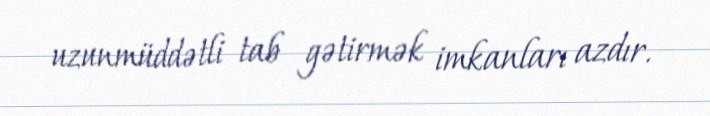
uzunmüddətli tab gətirmək imkanları azdır.